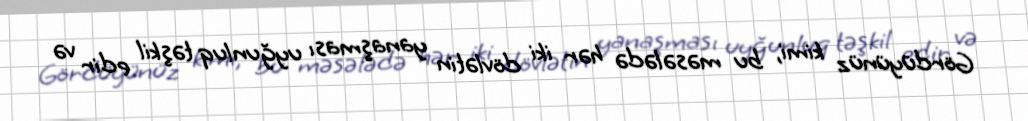
Gördüyünüz kimi, bu məsələdə hər iki dövlətin yanaşması uyğunluq təşkil edir və